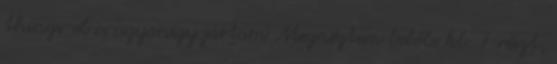
things-el is ugyanígy jártam Megnéztem belőle kb. 7 részt,